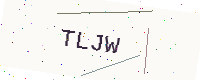
Text: TLJW